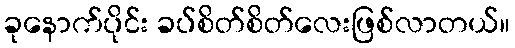
ခုနောက်ပိုင်း ခပ်စိတ်စိတ်လေးဖြစ်လာတယ်။